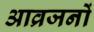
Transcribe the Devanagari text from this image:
आव्रजनों